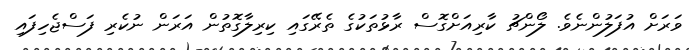
ވަރަށް އުފަލުންނެވެ. ލޯންޗު ކާރިއަށްގޮސް ރާޅުތަކުގެ ތެރޭގައި ކިރިލާގޮތުން އަރަން ނުކެރި ފަސްޖެހިފައި